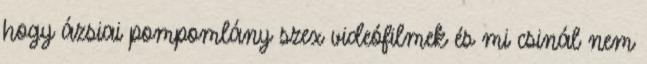
hogy ázsiai pompomlány szex videófilmek és mi csinál nem